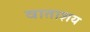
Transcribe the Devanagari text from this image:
वाताशय